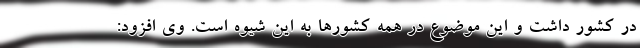
در کشور داشت و این موضوع در همه کشورها به این شیوه است. وی افزود: